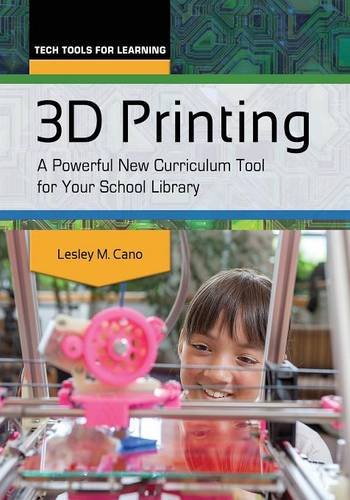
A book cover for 3D Printing: A Powerful New Curriculum Tool for Your School Library (Tech Tools for Learning); Lesley M. Cano; Computers & Technology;